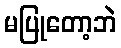
မပြုတော့ဘဲ